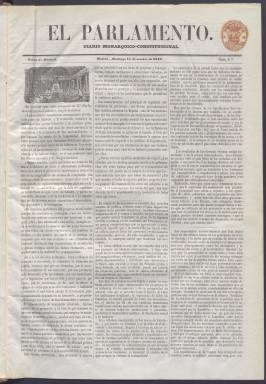
Título: El Parlamento (Madrid. 1848)
Colección: Periódicos anteriores a 1850
Ámbito geográfico: Madrid
Lugar de publicación: Madrid
Fechas: 15/10/1848-30/11/1848